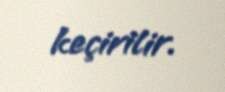
keçirilir.